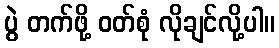
ပွဲ တက်ဖို့ ဝတ်စုံ လိုချင်လို့ပါ။